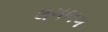
લગભગ